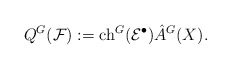
\begin{align*}Q^G({\mathcal F}):= {\rm ch}^G({\mathcal E}^{\bullet})\Hat A^G(X). \end{align*}